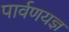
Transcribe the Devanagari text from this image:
पार्वणयज्ञ